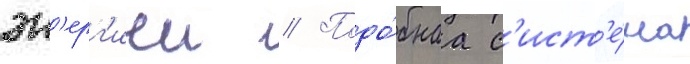
эн'ерг'иеи // Подо́бнаа с'ист'е́ма